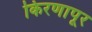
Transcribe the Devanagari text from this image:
किरणापूर